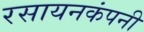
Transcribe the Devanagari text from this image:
रसायनकंपनी